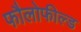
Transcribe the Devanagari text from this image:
फौलोफील्ड